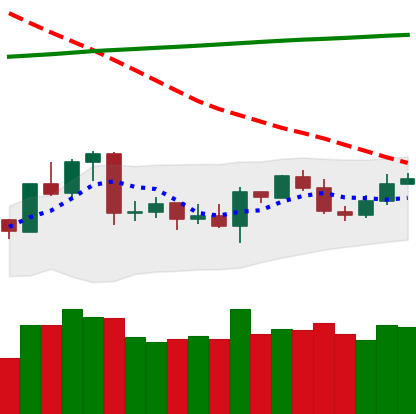
Ticker: ETC-USD
Chart end date: 2020-04-24
Forward return: 20.565%
Label: up_7plus